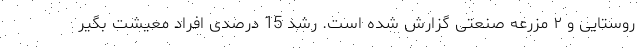
روستایی و ۲ مزرعه صنعتی گزارش شده‌ است. رشد 15 درصدی افراد معیشت بگیر